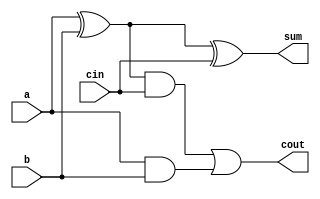
module FA(a, b, cin, cout, sum);
	input a, b, cin;
	output cout, sum;
	assign sum = a^b^cin;
	assign cout = ((a^b)&cin)|(a&b);
endmodule

module FA_TB();
	reg a, b, cin;
	wire sum, cout;
	FA test_module(.a(a), .b(b), .cin(cin), .cout(cout), .sum(sum));
	initial	 
		begin
			$monitor($time, " a=%b, b=%b, cin=%b, cout=%b, sum=%b", a, b, cin, cout, sum);		
			#1 a=1'b0;b=1'b0;cin=1'b0;
			#2 a=1'b0;b=1'b0;cin=1'b1;
			#3 a=1'b0;b=1'b1;cin=1'b0;
			#4 a=1'b0;b=1'b1;cin=1'b1;
			#5 a=1'b1;b=1'b0;cin=1'b0;
			#6 a=1'b1;b=1'b0;cin=1'b1;
			#7 a=1'b1;b=1'b1;cin=1'b0;
			#8 a=1'b1;b=1'b1;cin=1'b1;
		end	
endmodule